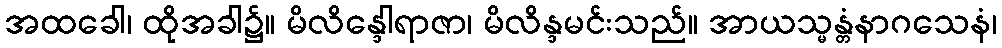
အထခေါ၊ ထိုအခါ၌။ မိလိန္ဒေါရာဇာ၊ မိလိန္ဒမင်းသည်။ အာယသ္မန္တံနာဂသေနံ၊